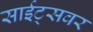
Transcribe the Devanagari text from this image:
साईट्सवर